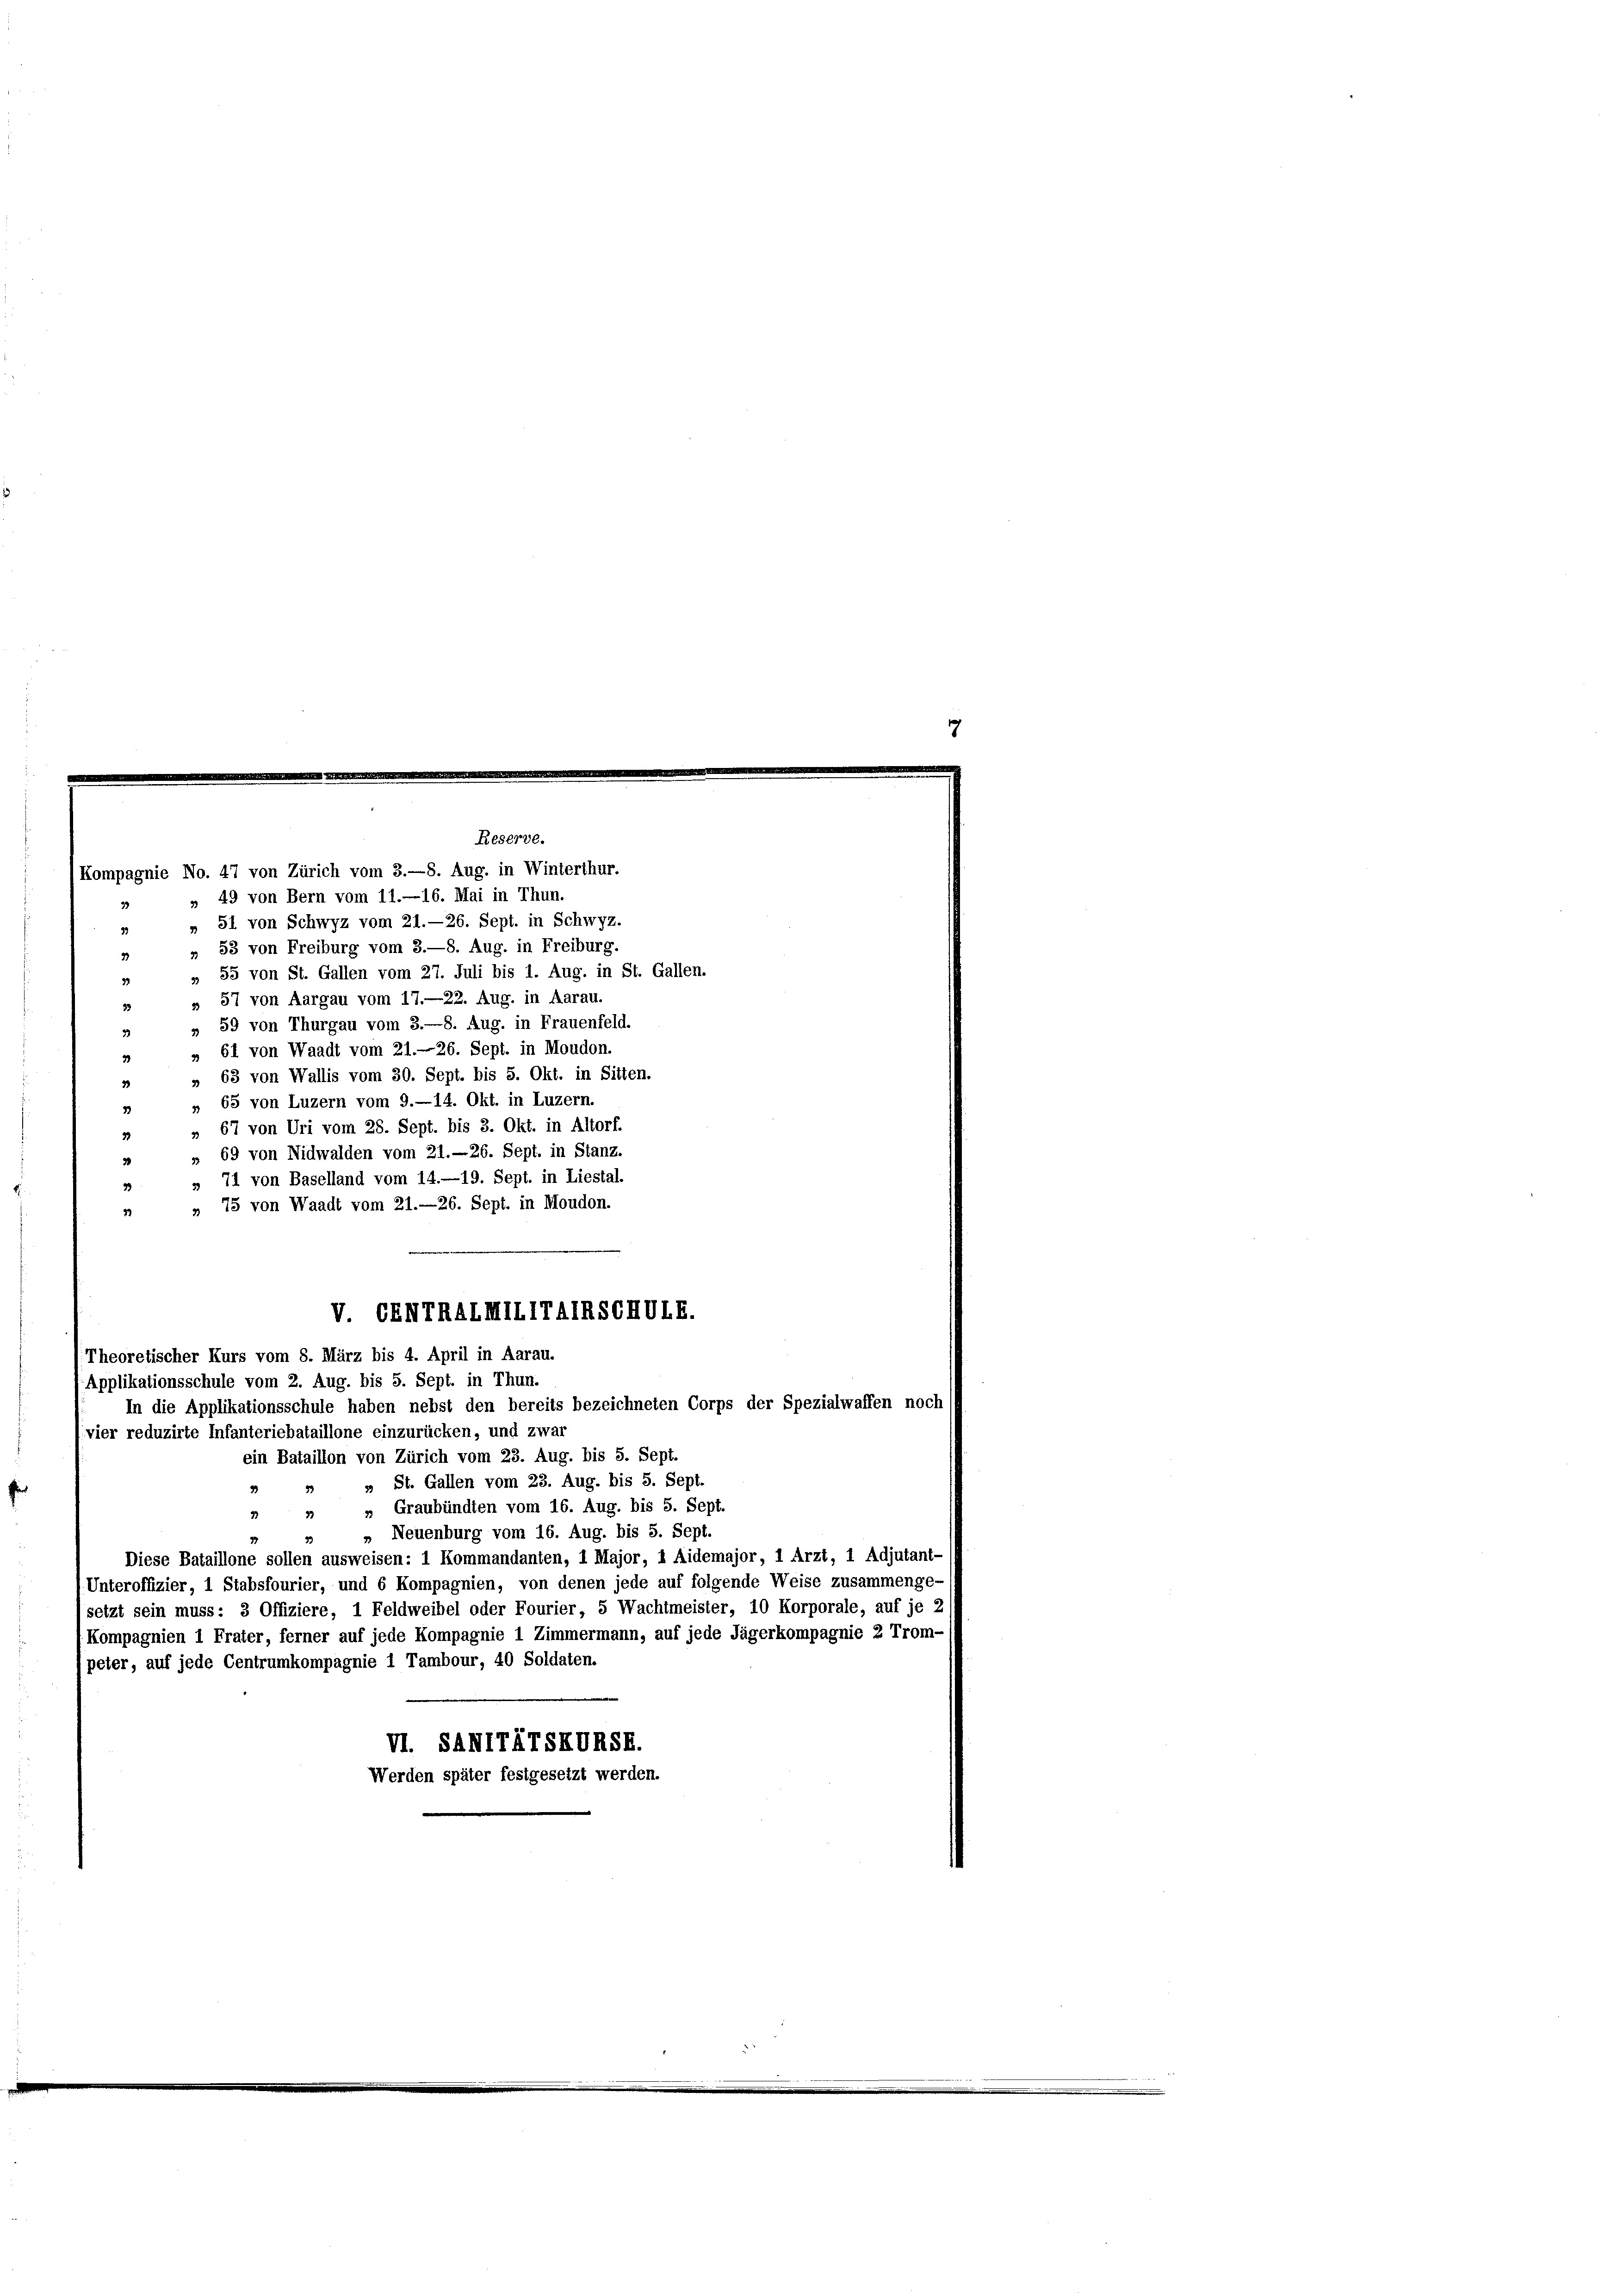
Reserve.

Applikationsschule vom 2. Aug. bis 5. Sept. in Thun.

(Kompagnie No. 47 von Zürich vom 3.—8. Aug. in Winterthur.
» 49 von Bern vom 11.—16. Mai in Thun.
33
» 51 von Schwyz vom 21.—26. Sept. in Schwyz.
13
» 53 von Freiburg vom 3.—8. Aug. in Freiburg.
3
» 55 von St. Gallen vom 27. Juli bis 1. Aug. in St. Gallen.
33
» 57 von Aargau vom 17.—22. Aug. in Aarau.
33
59 von Thurgau vom 3.—8. Aug. in Frauenfeld.
33
39
» 61 von Waadt vom 21.—26. Sept. in Moudon.
39
» 63 von Wallis vom 30. Sept. bis 5. Okt. in Sitten.
3
» 65 von Luzern vom 9.—14. Okt. in Luzern.
23
» 67 von Uri vom 28. Sept. bis 3. Okt. in Altorf.
33
 69 von Nidwalden vom 21.—26. Sept. in Stanz.
3
» 71 von Baselland vom 14.—19. Sept. in Liestal.
» 75 von Waadt vom 21.—26. Sept. in Moudon.
23
Theoretischer Kurs vom 8. März bis 4. April in Aarau.
In die Applikationsschule haben nebst den bereits bezeichneten Corps der Spezialwaffen noc
vier reduzirte Infanteriebataillone einzurücken, und zwar
ein Bataillon von Zürich vom 23. Aug. bis 5. Sept.
» St. Gallen vom 23. Aug. bis 5. Sept.
33
„ Graubünden vom 16. Aug. bis 5. Sept.
3
33
» Neuenburg vom 16. Aug. bis 5. Sept.
Diese Bataillone sollen ausweisen: 1 Kommandanten, 1 Major, 1 Aidemajor, 1 Arzt, 1 Adjutant
Unteroffizier, 1 Stabsfourier, und 6 Kompagnien, von denen jede auf folgende Weise zusammenge
setzt sein muss: 3 Offiziere, 1 Feldweibel oder Fourier, 5 Wachtmeister, 10 Korporale, auf je
Kompagnien 1 Frater, ferner auf jede Kompagnie 1 Zimmermann, auf jede Jägerkompagnie 2 Tr
peter, auf jede Centrumkompagnie 1 Tambour, 40 Soldaten.
VI. SAMITÄTSKURSE.
Werden später festgesetzt werden.

V. GENTRALMIIITAIRSCHVIE.